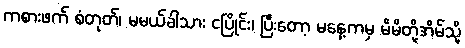
ကစားဖက် စံတုတ်၊ မမယ်ခါသား ငပြိုင်း၊ ပြီးတော့ မနေ့ကမှ မိမိတို့အိမ်သို့